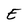
Character: E